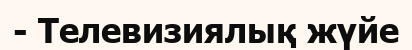
- Телевизиялық жүйе